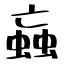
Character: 蝱